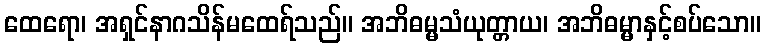
ထေရော၊ အရှင်နာဂသိန်မထေရ်သည်။ အဘိဓမ္မသံယုတ္တာယ၊ အဘိဓမ္မာနှင့်စပ်သော။